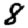
Digit: 8